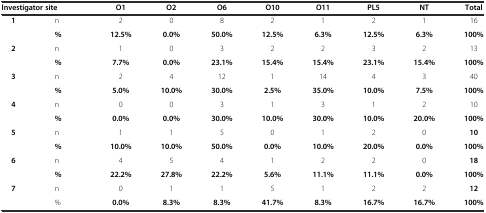
| <COLSPAN=2> Investigator site | O1 | O2 | O6 | O10 | O11 | PL5 | NT | Total |
 | --- | --- | --- | --- | --- | --- | --- | --- | --- | --- |
 | <ROWSPAN=2> 1 | n | 2 | 0 | 8 | 2 | 1 | 2 | 1 | 16 |
 | % | 12.5% | 0.0% | 50.0% | 12.5% | 6.3% | 12.5% | 6.3% | 100% |
 | <ROWSPAN=2> 2 | n | 1 | 0 | 3 | 2 | 2 | 3 | 2 | 13 |
 | % | 7.7% | 0.0% | 23.1% | 15.4% | 15.4% | 23.1% | 15.4% | 100% |
 | <ROWSPAN=2> 3 | n | 2 | 4 | 12 | 1 | 14 | 4 | 3 | 40 |
 | % | 5.0% | 10.0% | 30.0% | 2.5% | 35.0% | 10.0% | 7.5% | 100% |
 | <ROWSPAN=2> 4 | n | 0 | 0 | 3 | 1 | 3 | 1 | 2 | 10 |
 | % | 0.0% | 0.0% | 30.0% | 10.0% | 30.0% | 10.0% | 20.0% | 100% |
 | <ROWSPAN=2> 5 | n | 1 | 1 | 5 | 0 | 1 | 2 | 0 | 10 |
 | % | 10.0% | 10.0% | 50.0% | 0.0% | 10.0% | 20.0% | 0.0% | 100% |
 | <ROWSPAN=2> 6 | n | 4 | 5 | 4 | 1 | 2 | 2 | 0 | 18 |
 | % | 22.2% | 27.8% | 22.2% | 5.6% | 11.1% | 11.1% | 0.0% | 100% |
 | <ROWSPAN=2> 7 | n | 0 | 1 | 1 | 5 | 1 | 2 | 2 | 12 |
 | % | 0.0% | 8.3% | 8.3% | 41.7% | 8.3% | 16.7% | 16.7% | 100% |